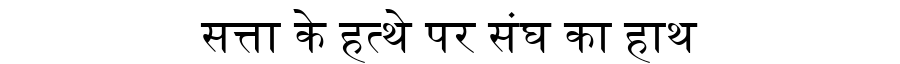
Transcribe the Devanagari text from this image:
सत्ता के हत्थे पर संघ का हाथ